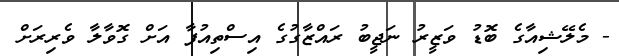
- މެލޭޝިއާގެ ބޮޑު ވަޒީރު ނަޖީބު ރައްޒާގުގެ އިސްތިއުފާ އަށް ގޮވާލާ ވެރިރަށް